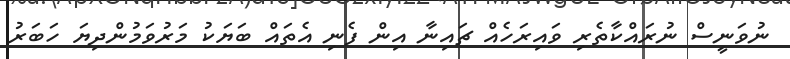
ނުވަނީސް ނުރައްކާތެރި ވައިރަހެއް ޗައިނާ އިން ފެނި އެތައް ބަޔަކު މަރުވަމުންދިޔަ ހަބަރު